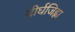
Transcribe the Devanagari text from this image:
दीर्घजिह्वा